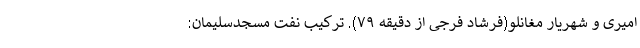
امیری و شهریار مغانلو(فرشاد فرجی از دقیقه ۷۹). ترکیب نفت مسجدسلیمان: